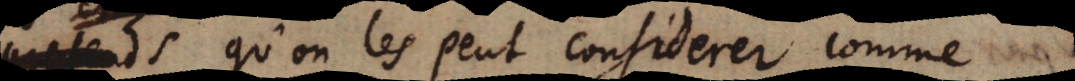
pretends qu’on les peut considerer comme